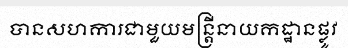
បានសហការជាមួយមន្ត្រីនាយកដ្ឋានផ្លូវ